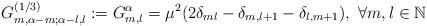
LaTeX: \begin{align*}G^{(1/3)}_{m,\alpha-m;\alpha-l,l}:=G^{\alpha}_{m,l}=\mu^2(2\delta_{ml}- \delta_{m,l+1}-\delta_{l,m+1}),\ \forall m,l\in\mathbb{N}\end{align*}